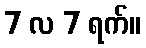
7 လ 7 ရက်။